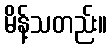
မိန့်သတည်း။